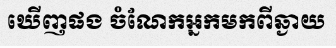
ឃើញផង ចំណែកអ្នកមកពីឆ្ងាយ